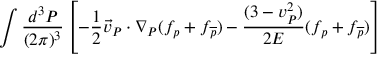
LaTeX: \int \frac { d ^ { 3 } { \cal P } } { ( 2 \pi ) ^ { 3 } } \left[ - \frac { 1 } { 2 } \vec { v } _ { \cal P } \cdot \nabla _ { \cal P } ( f _ { p } + f _ { \overline { { p } } } ) - \frac { ( 3 - v _ { \cal P } ^ { 2 } ) } { 2 { \cal E } } ( f _ { p } + f _ { \overline { { p } } } ) \right]